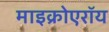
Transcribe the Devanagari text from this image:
माइक्रोएरॉय